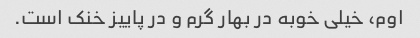
اوم، خیلی خوبه در بهار گرم و در پاییز خنک است.